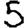
Digit: 5